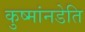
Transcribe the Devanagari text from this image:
कुष्मांनडेति